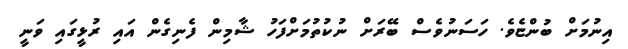
އިނުމަށް ބުންޏެވެ. ހަސަނުވެސް ބޭރަށް ނުކުތުމަށްފަހު ޝާމިން ފެނިގެން އައި ރުޅީގައި ވަނީ